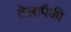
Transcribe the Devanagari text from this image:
तेलापैकी